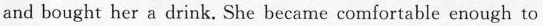
and bought her a drink. She became comfortable enough to